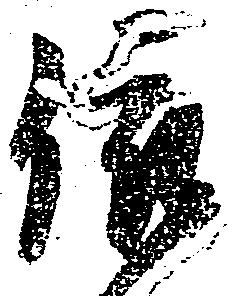
依